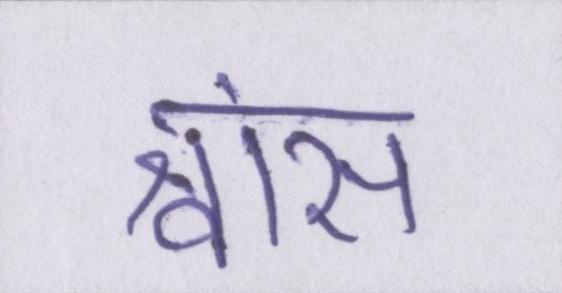
श्वांस